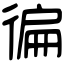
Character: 徧